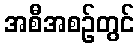
အစီအစဉ်တွင်